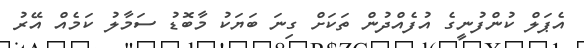
އެޕަލް ކުންފުނީގެ އުފެއްދުން ތަކަށް ގިނަ ބަޔަކު މާބޮޑު ސަމާލު ކަމެއް އޭރު